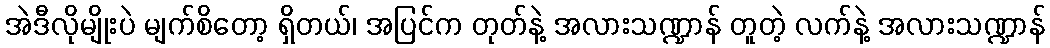
အဲဒီလိုမျိုးပဲ မျက်စိတော့ ရှိတယ်၊ အပြင်က တုတ်နဲ့ အလားသဏ္ဍာန် တူတဲ့ လက်နဲ့ အလားသဏ္ဍာန်